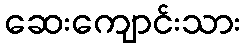
ဆေးကျောင်းသား